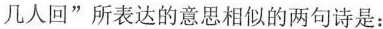
几人回”所表达的意思相似的两句诗是：